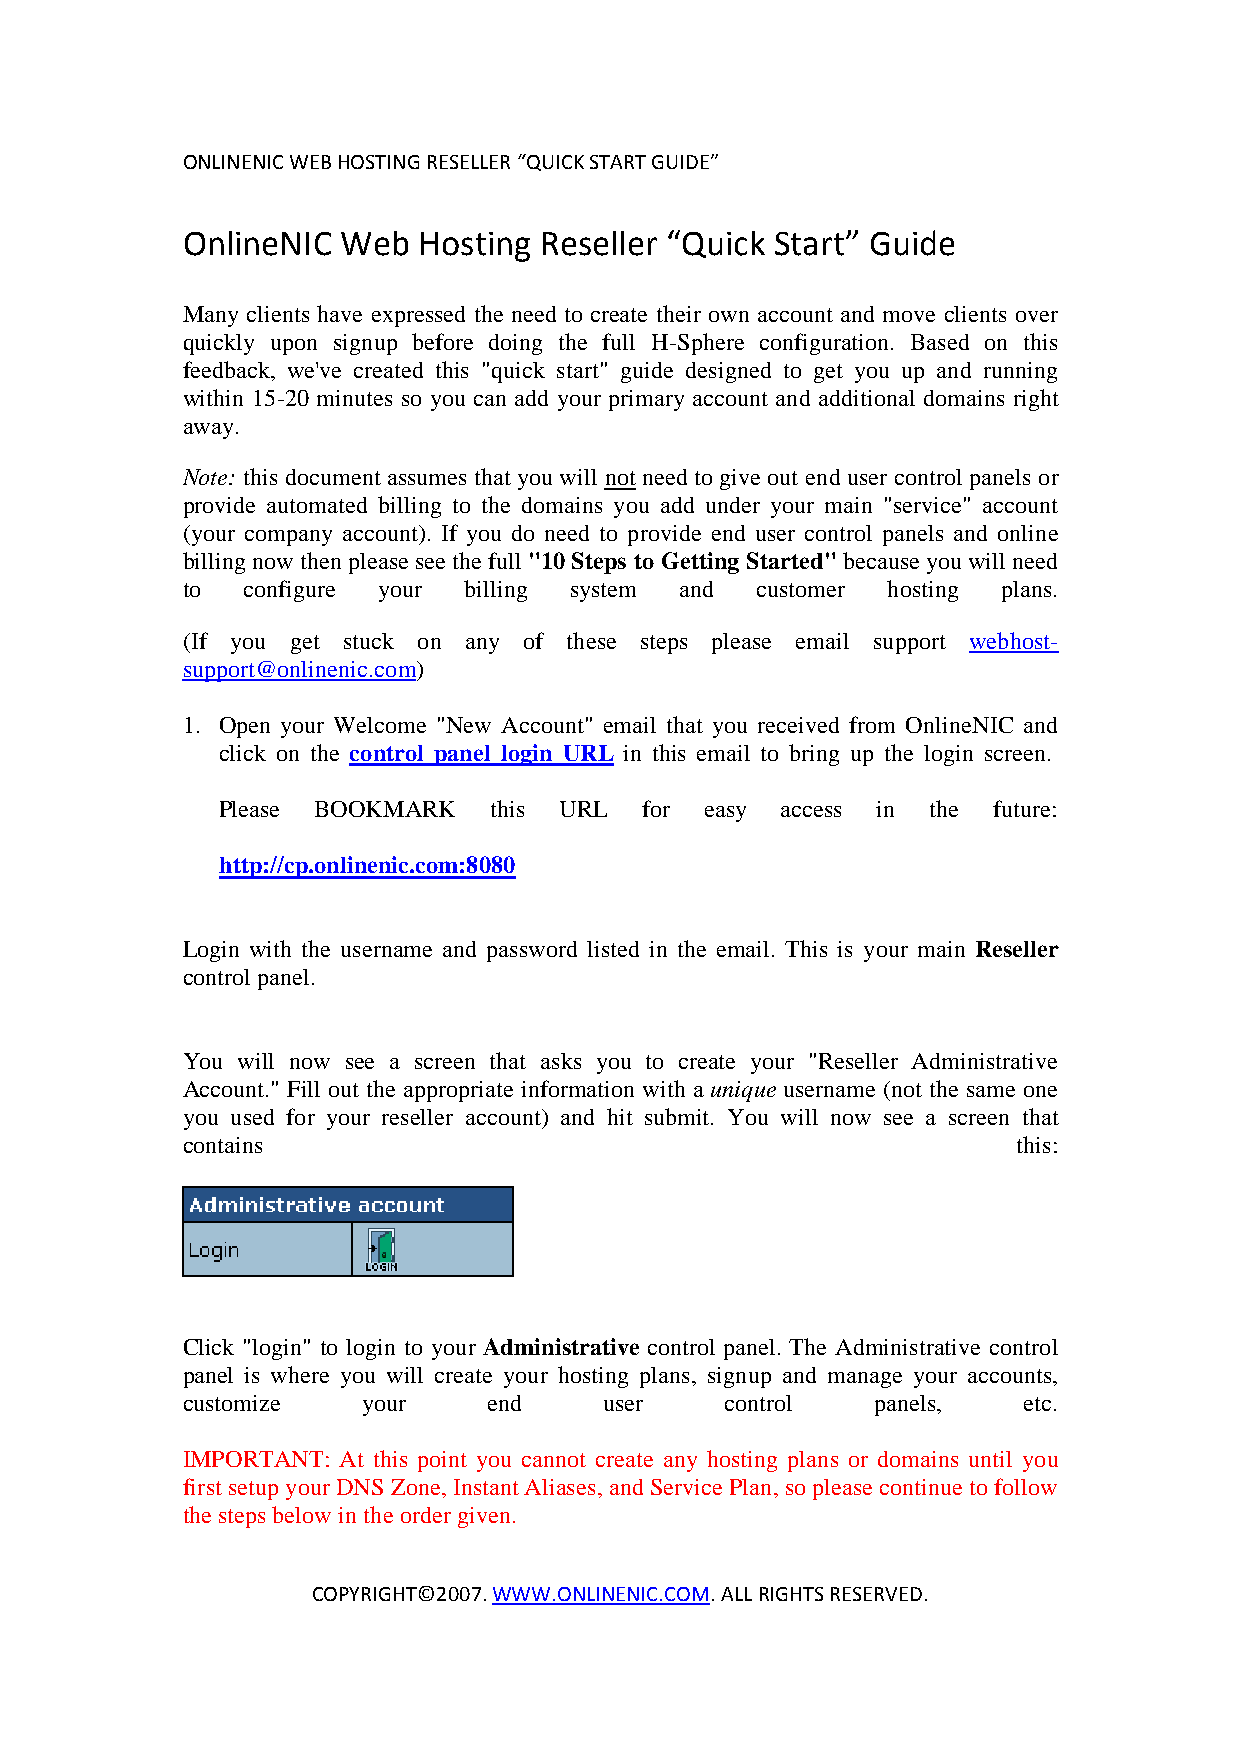
ONLINENIC WEB HOSTING RESELLER “QUICK START GUIDE”
 OnlineNIC  Web  Hosting Reseller “Quick Start” Guide
 Many clients have expressed the need to create their own account and move clients over
 quickly upon signup before doing the full H-Sphere configuration. Based on this
 feedback, we've created this "quick start" guide designed to get you up and running
 within 15-20 minutes so you can add your primary account and additional domains right
 away.
 Note: this document assumes that you will not need to give out end user control panels or
 provide automated billing to the domains you add under your main "service" account
 (your company account). If you do need to provide end user control panels and online
 billing now then please see the full "10 Steps to Getting Started" because you will need
 to  configure your billing system and customer hosting plans.
 (If you get stuck on any of these steps please email support webhost-
 support@onlinenic.com)
 1. Open your Welcome "New Account" email that you received from OnlineNIC and
 click on the control panel login URL in this email to bring up the login screen.
 Please BOOKMARK   this URL  for  easy access in the future:
 http://cp.onlinenic.com:8080
 Login with the username and password listed in the email. This is your main Reseller
 control panel.
 You will now see a screen that asks you to create your "Reseller Administrative
 Account." Fill out the appropriate information with a unique username (not the same one
 you used for your reseller account) and hit submit. You will now see a screen that
 contains                                               this:
 Click "login" to login to your Administrative control panel. The Administrative control
 panel is where you will create your hosting plans, signup and manage your accounts,
 customize   your    end     user    control   panels,   etc.
 IMPORTANT: At this point you cannot create any hosting plans or domains until you
 first setup your DNS Zone, Instant Aliases, and Service Plan, so please continue to follow
 the steps below in the order given.
 COPYRIGHT©2007. WWW.ONLINENIC.COM. ALL RIGHTS RESERVED.